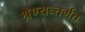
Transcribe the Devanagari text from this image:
श्रेण्यन्तर्गत